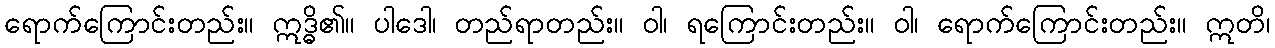
ရောက်ကြောင်းတည်း။ ဣဒ္ဓိ၏။ ပါဒေါ၊ တည်ရာတည်း။ ဝါ၊ ရကြောင်းတည်း။ ဝါ၊ ရောက်ကြောင်းတည်း။ ဣတိ၊